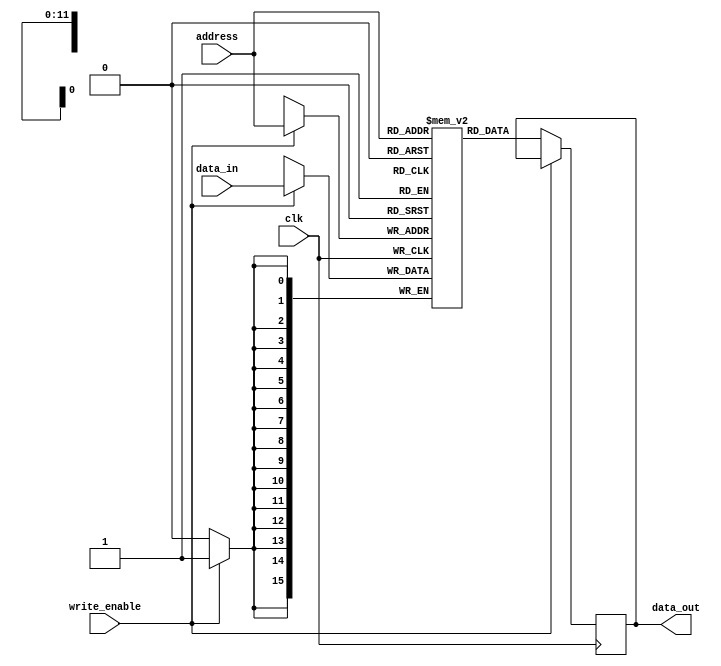
`timescale 1ns / 1ps
//////////////////////////////////////////////////////////////////////////////////
// Company: 
// Engineer: 
// 
// Design Name: 
// Module Name:    A5_memory 
// Project Name: 
// Target Devices: 
// Tool versions: 
// Description: 
//
// Dependencies: 
//
// Revision: 
// Revision 0.01 - File Created
// Additional Comments: 
//
//////////////////////////////////////////////////////////////////////////////////
module A5_memory(data_in, write_enable, address, clk, data_out//,mem
    );
	 
	 
	 input [15:0] data_in;
	 input write_enable;
	 input [11:0] address;
	 input clk;
	 output reg [15:0] data_out;
	// output reg [15:0] mem;
	 
	 reg [15:0] memory [4095:0];
initial
begin 

memory[65] = 16'b0111110011111111; // SC
//--memory[2] = 16'b0111110111111111; // SZ
//memory[8] = 16'b0100000000001111; //JMP
//memory[1] = 16'b1100000000001110; //POPA
memory[15] = 16'b0111101011111111; //ION
//memory[4] = 16'b0111001111111111; //CLRA
memory[67] = 16'b0111000111111111; // ADD: A=A+B
memory[3] = 16'b0010001000000000; // STA
memory[14] = 16'b0111000111111111; // ADD: A=A+B 
//memory[66]= 16'b0111001011111111; // AND: A=A & B
memory[66] = 16'b0111001111111111; // CLA: A=0
//memory[64] = 16'b0111010011111111; //CLB: B=0
//memory[16] = 16'b0111010111111111; //CMB: B=~B
memory[13] = 16'b0111011011111111; //INCB: B=B+1
memory[16] = 16'b0111011111111111; //DECB: B=B-1
memory[64] = 16'b0111100011111111; //CLC: C=0
//--memory[0] = 16'b0111100111111111; //CLZ: Z=0
//--memory[5] = 16'b0111101011111111; //ION: INTERRUPT ENABLE (1)
memory[68] = 16'b0111101111111111; //IOF: INTERRUPT DISABLE (0)

//memory[0] = 16'b0111101111111111; //IOF: INTERRUPT DISABLE (0)
memory[6] = 16'b0111010011111111; //CLB: B=0
memory[5] = 16'b0111001111111111; //CLA: A=0
memory[7] = 16'b0001001000000000; //LDB: 0x0104 //B<=0x01
memory[8] = 16'b0000000000010000; //LDA: 0x0102 //A<=0x03
//--memory[6] = 16'b0111010111111111; //CMB: B=~B
//memory[6] = 16'b0111011011111111; //INCB: B=B+1
memory[11] = 16'b0111000111111111; // ADD: A=A+B
//memory[2]= 16'b1000000000000111; //JSR
//memory[8] = 16'b0001000100000011; //LDB: 0x0103 
memory[69] = 16'b1110000000001110; //RET
memory[12] = 16'b1100000000001110; //POPA
memory[9] = 16'b0111001011111111; // AND: A=A & B
memory[10]= 16'b1010000000001110; //PUSHA
memory[2] = 16'b0111000111111111; //ADD A=A+B
memory[4] = 16'b0011000000010000; // STB: 0x0500
memory[0] = 16'b0000000000000001; //LDA: 0x0500
memory[1] = 16'b0001000000001000; //LDB: 0x0500
/*

memory[0] = 16'b0111101011111111; //ION
memory[64] = 16'b0111100011111111; //CLC: C=0
memory[65] = 16'b0111110011111111; // SC
memory[66] = 16'b0111001111111111; // CLA: A=0
memory[67] = 16'b0111000111111111; // ADD: A=A+B
memory[68] = 16'b0111101111111111; //IOF: INTERRUPT DISABLE (0)
memory[69] = 16'b1110000000001110; //RET
memory[1] = 16'b0000000000000001; //LDA: 0x0500
memory[2] = 16'b0001000000001000; //LDB: 0x0500
memory[3] = 16'b0111001011111111; // AND: A=A & B
*/
/*

//memory[0] = 16'b0111100111111111; //CLZ: Z=0
memory[0] = 16'b0000000000000001; //LDA: 0x0500
memory[1] = 16'b0001000000001000; //LDB: 0x0500
memory[2] = 16'b0111000111111111; //ADD A=A+B
memory[3] = 16'b0111110111111111; // SZ
memory[4] = 16'b0111001011111111; // AND: A=A & B
memory[5] = 16'b0111010011111111; //CLB: B=0
memory[6] = 16'b0111000111111111; //ADD A=A+B
memory[7] = 16'b1010000000001110; //PUSHA
*/

end

	 always @(posedge clk)
	 begin
			if (write_enable)
			begin
					memory[address] = data_in;
					//mem = data_in ;
					//mem=memory[address];
					
			end
	 end
	  always @(negedge clk)
	  begin
			if(~write_enable)
			begin
			data_out = memory[address] ;
			//mem=memory[0];
				//	data_out = data_in;		
			end
	 end
	 
//assign data_out = memory[address];
	 
endmodule